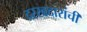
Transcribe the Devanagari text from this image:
दरखदारांची